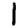
Digit: 1